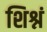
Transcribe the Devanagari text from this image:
शिश्नं